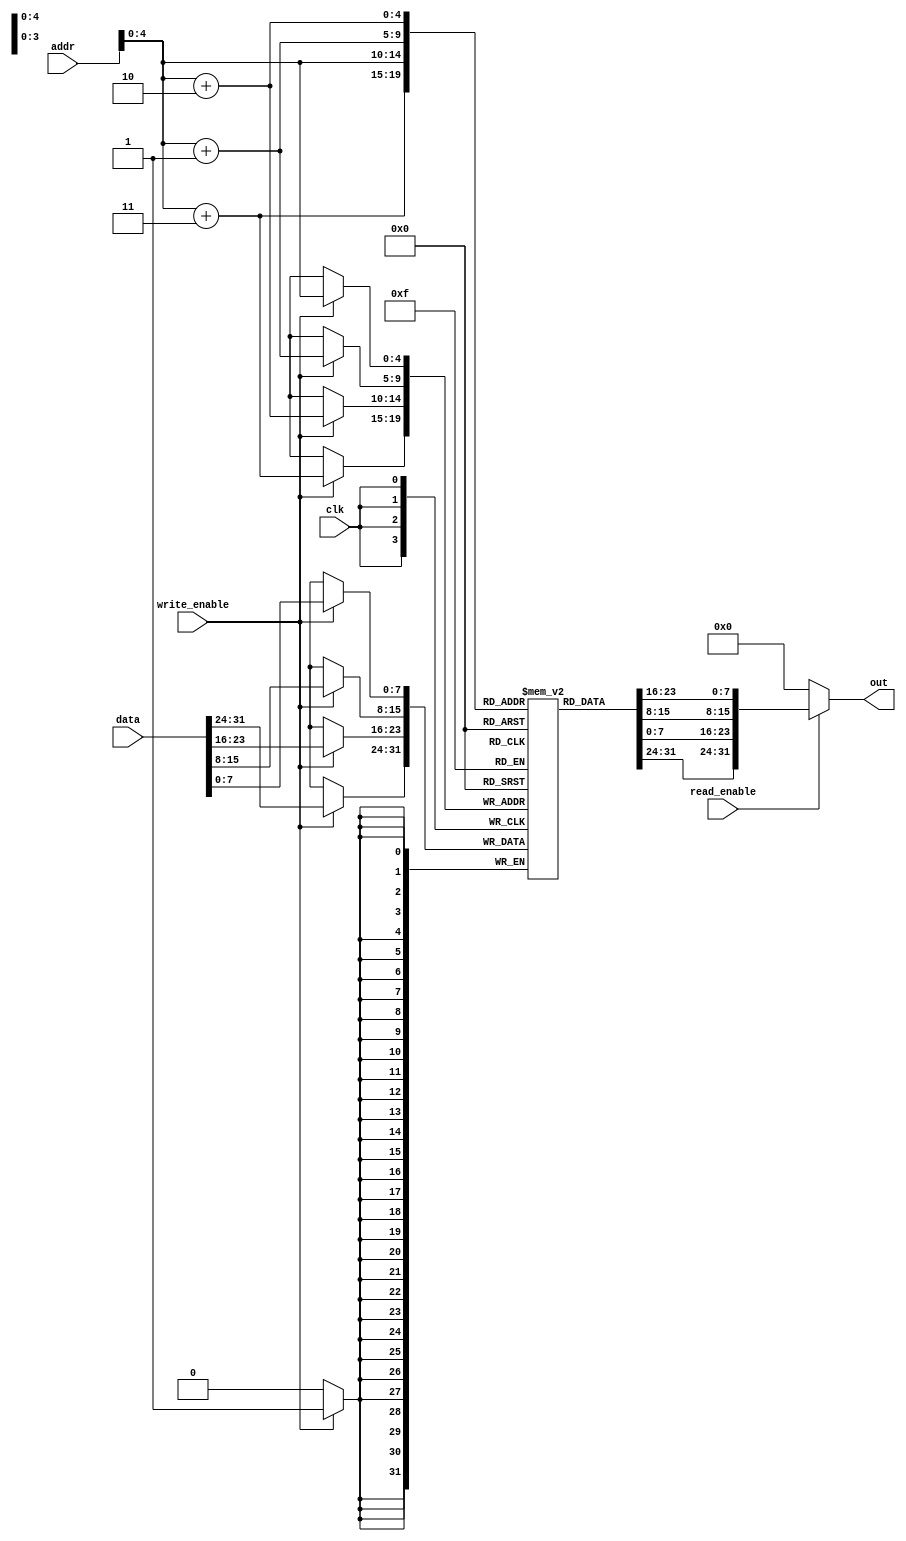
// Data Memory

module data_memory (output [31:0] out,input [31:0] data, addr, input write_enable, read_enable, clk);
	
	reg [7:0] mem [0:24];
	
	assign out = read_enable ? {mem[addr+3], mem[addr+2], mem[addr+1], mem[addr]} : 32'b0;
	
	always @(posedge clk)
		begin
			
			if (write_enable) {mem[addr+3], mem[addr+2], mem[addr+1], mem[addr]} = data;
			
		end

endmodule

//Instruction Memory

module instruction_memory (output [31:0] instr, input [31:0] addr, input rst);

	reg [7:0] mem [0:23];
	
	assign #1 instr = {mem[addr+3], mem[addr+2], mem[addr+1], mem[addr]};
	
	always @ (posedge rst)
		begin
			$readmemh("instructions_hex.txt", mem);
		end
		
endmodule